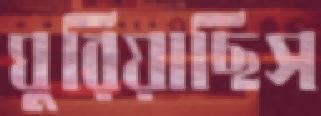
ঘুরিয়াছিস